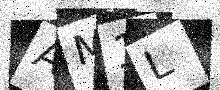
Text: AM1L